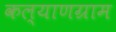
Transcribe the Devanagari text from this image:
कल्याणग्राम